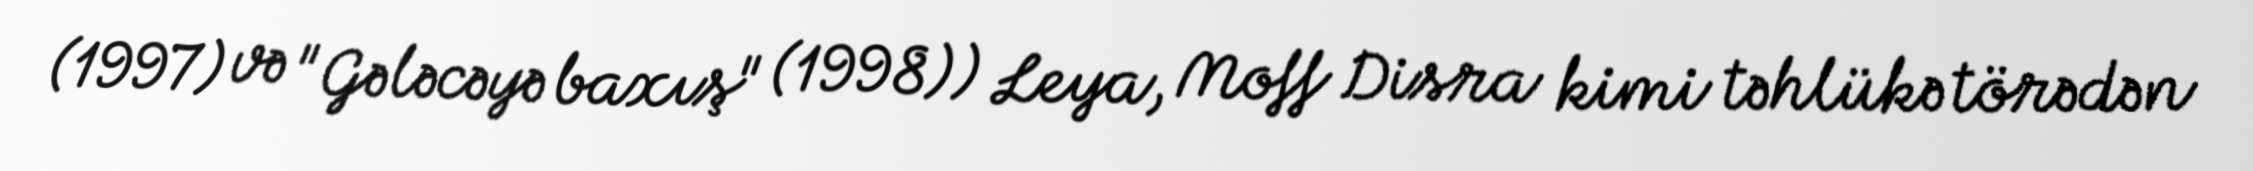
(1997) və "Gələcəyə baxış" (1998)) Leya, Moff Disra kimi təhlükə törədən